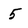
Character: 5